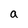
Character: a